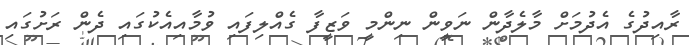
ރާއިދުގެ އެދުމަށް މާލެދާން ނަވީން ނިންމީ ވަޒީފާ ގެއްލިފައި ވުމާއިއެކުގައި ދެން ރަށުގައި